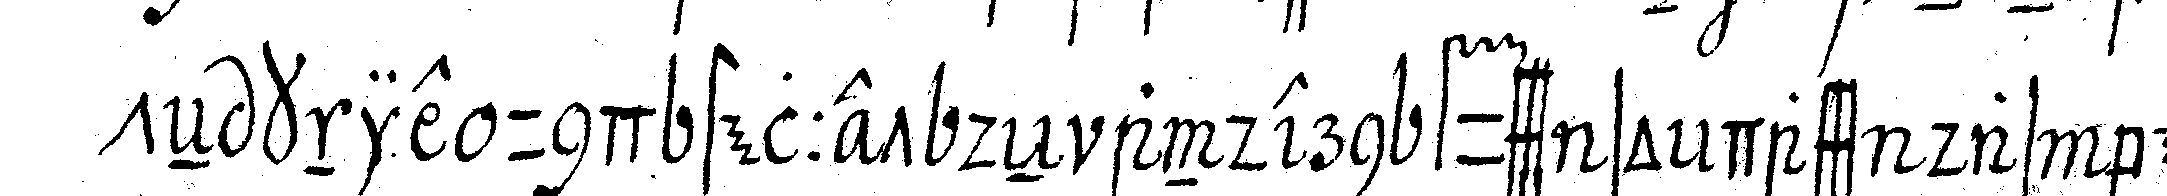
teN knie und stellet deN andern fuss so dass das bein